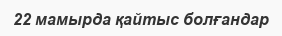
22 мамырда қайтыс болғандар